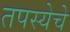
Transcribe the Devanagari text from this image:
तपस्येचे